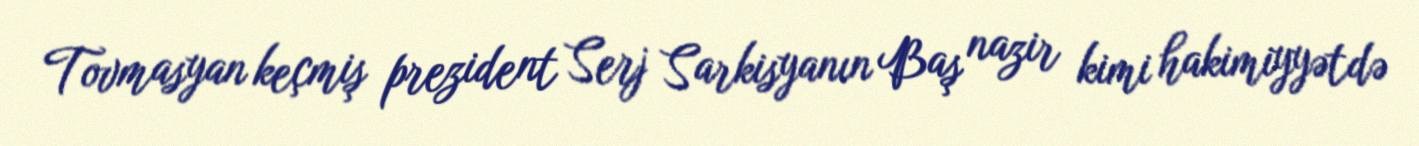
Tovmasyan keçmiş prezident Serj Sarkisyanın Baş nazir kimi hakimiyyətdə